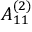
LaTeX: { A } _ { 1 1 } ^ { ( 2 ) }